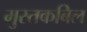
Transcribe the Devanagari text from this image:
मुस्तकबिल